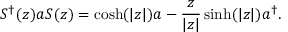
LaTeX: S ^ { \dagger } ( z ) a S ( z ) = \cosh ( | z | ) a - { \frac { z } { | z | } } \sinh ( | z | ) a ^ { \dagger } .